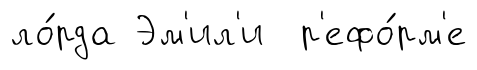
ло́рда Эм'ил'и р'ефо́рм'е